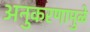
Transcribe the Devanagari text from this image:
अनुकरणामुळे